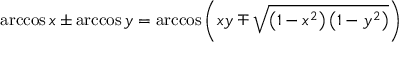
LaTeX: \operatorname { a r c c o s } x \pm \operatorname { a r c c o s } y = \operatorname { a r c c o s } \left( x y \mp { \sqrt { \left( 1 - x ^ { 2 } \right) \left( 1 - y ^ { 2 } \right) } } \right)